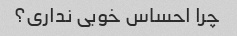
چرا احساس خوبی نداری؟